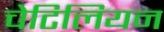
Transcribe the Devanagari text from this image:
चेटिलियन